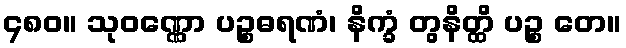
၄၈၀။ သုဝဏ္ဏော ပဉ္စဓရဏံ၊ နိက္ခံ တွနိတ္ထိ ပဉ္စ တေ။